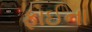
ફાઈના